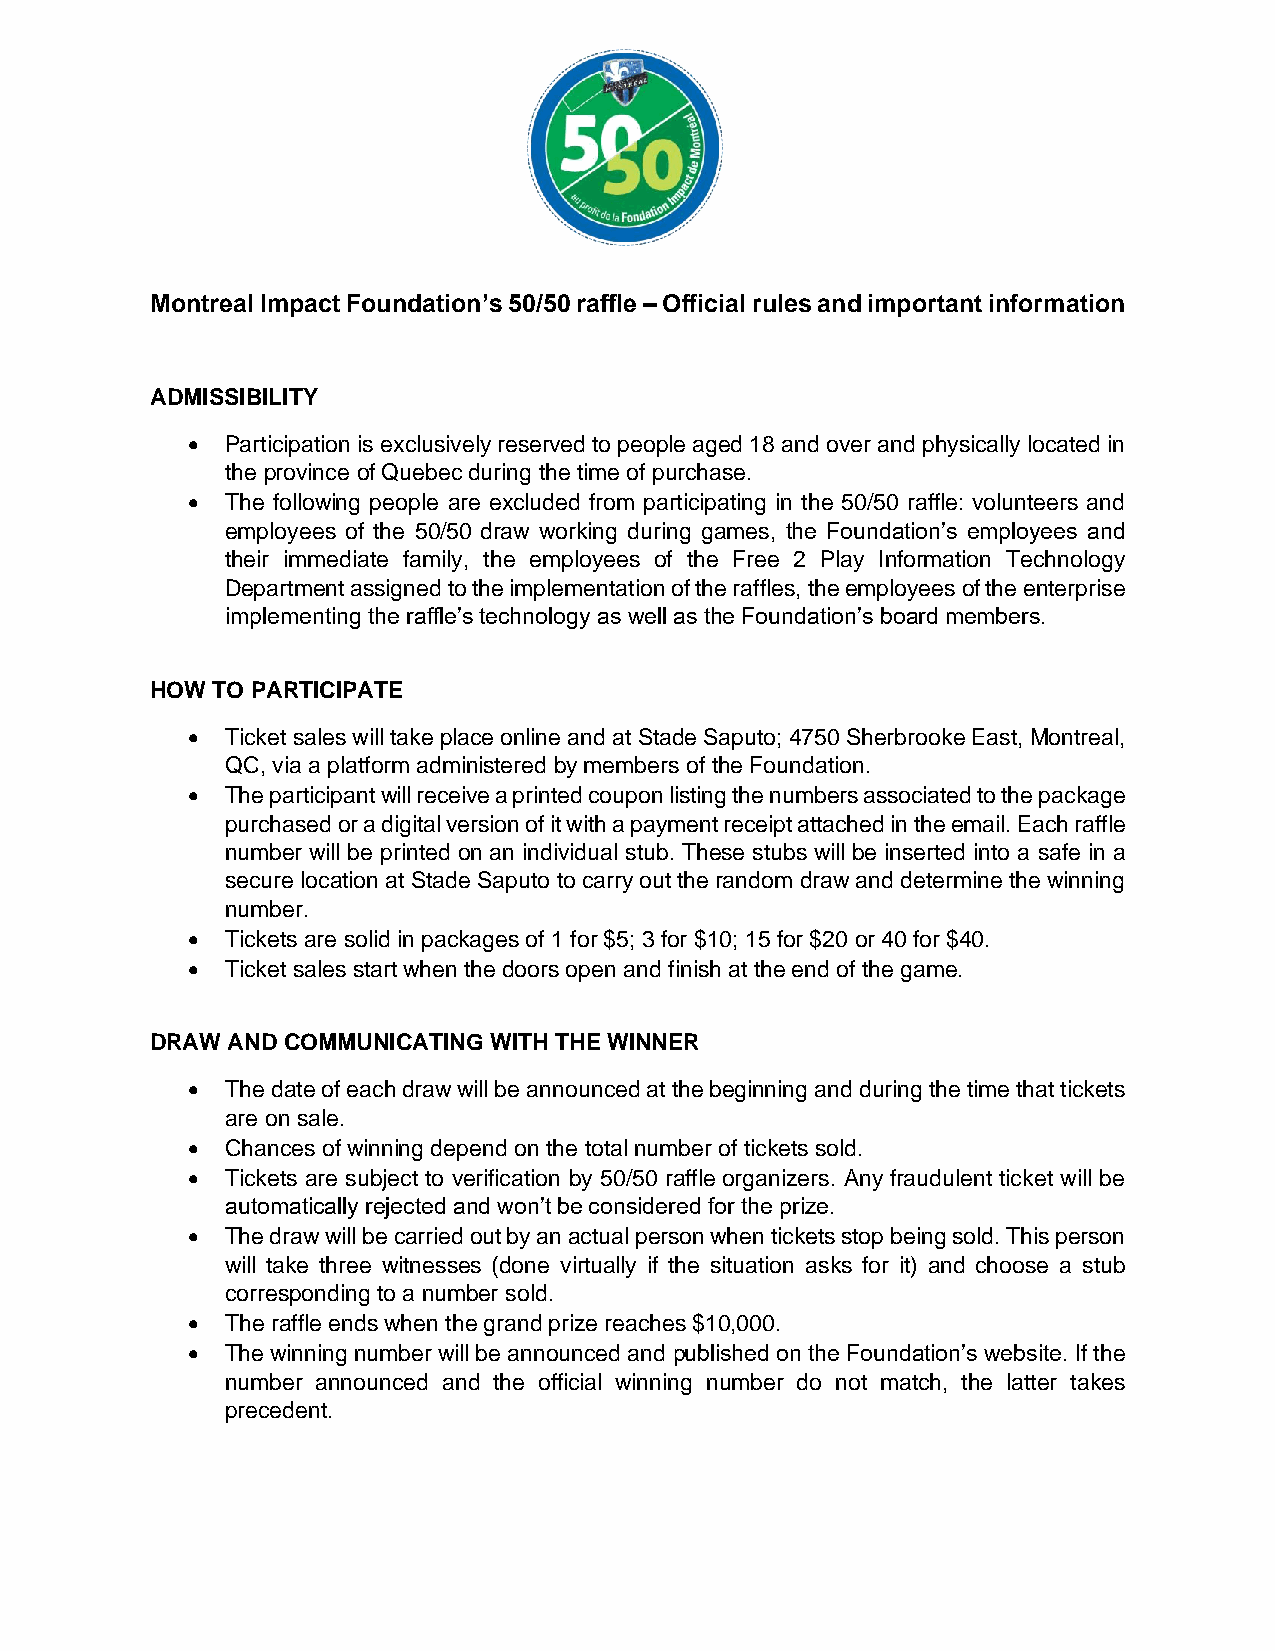
Montreal Impact Foundation’s 50/50 raffle – Official rules and important information
 ADMISSIBILITY
 •  Participation is exclusively reserved to people aged 18 and over and physically located in
 the province of Quebec during the time of purchase.
 •  The following people are excluded from participating in the 50/50 raffle: volunteers and
 employees of the 50/50 draw working during games, the Foundation’s employees and
 their immediate family, the employees of the Free 2 Play Information Technology
 Department assigned to the implementation of the raffles, the employees of the enterprise
 implementing the raffle’s technology as well as the Foundation’s board members.
 HOW TO PARTICIPATE
 •  Ticket sales will take place online and at Stade Saputo; 4750 Sherbrooke East, Montreal,
 QC, via a platform administered by members of the Foundation.
 •  The participant will receive a printed coupon listing the numbers associated to the package
 purchased or a digital version of it with a payment receipt attached in the email. Each raffle
 number will be printed on an individual stub. These stubs will be inserted into a safe in a
 secure location at Stade Saputo to carry out the random draw and determine the winning
 number.
 •  Tickets are solid in packages of 1 for $5; 3 for $10; 15 for $20 or 40 for $40.
 •  Ticket sales start when the doors open and finish at the end of the game.
 DRAW AND COMMUNICATING WITH THE WINNER
 •  The date of each draw will be announced at the beginning and during the time that tickets
 are on sale.
 •  Chances of winning depend on the total number of tickets sold.
 •  Tickets are subject to verification by 50/50 raffle organizers. Any fraudulent ticket will be
 automatically rejected and won’t be considered for the prize.
 •  The draw will be carried out by an actual person when tickets stop being sold. This person
 will take three witnesses (done virtually if the situation asks for it) and choose a stub
 corresponding to a number sold.
 •  The raffle ends when the grand prize reaches $10,000.
 •  The winning number will be announced and published on the Foundation’s website. If the
 number announced and the official winning number do not match, the latter takes
 precedent.